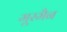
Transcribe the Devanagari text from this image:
मूरमैन